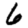
Digit: 6